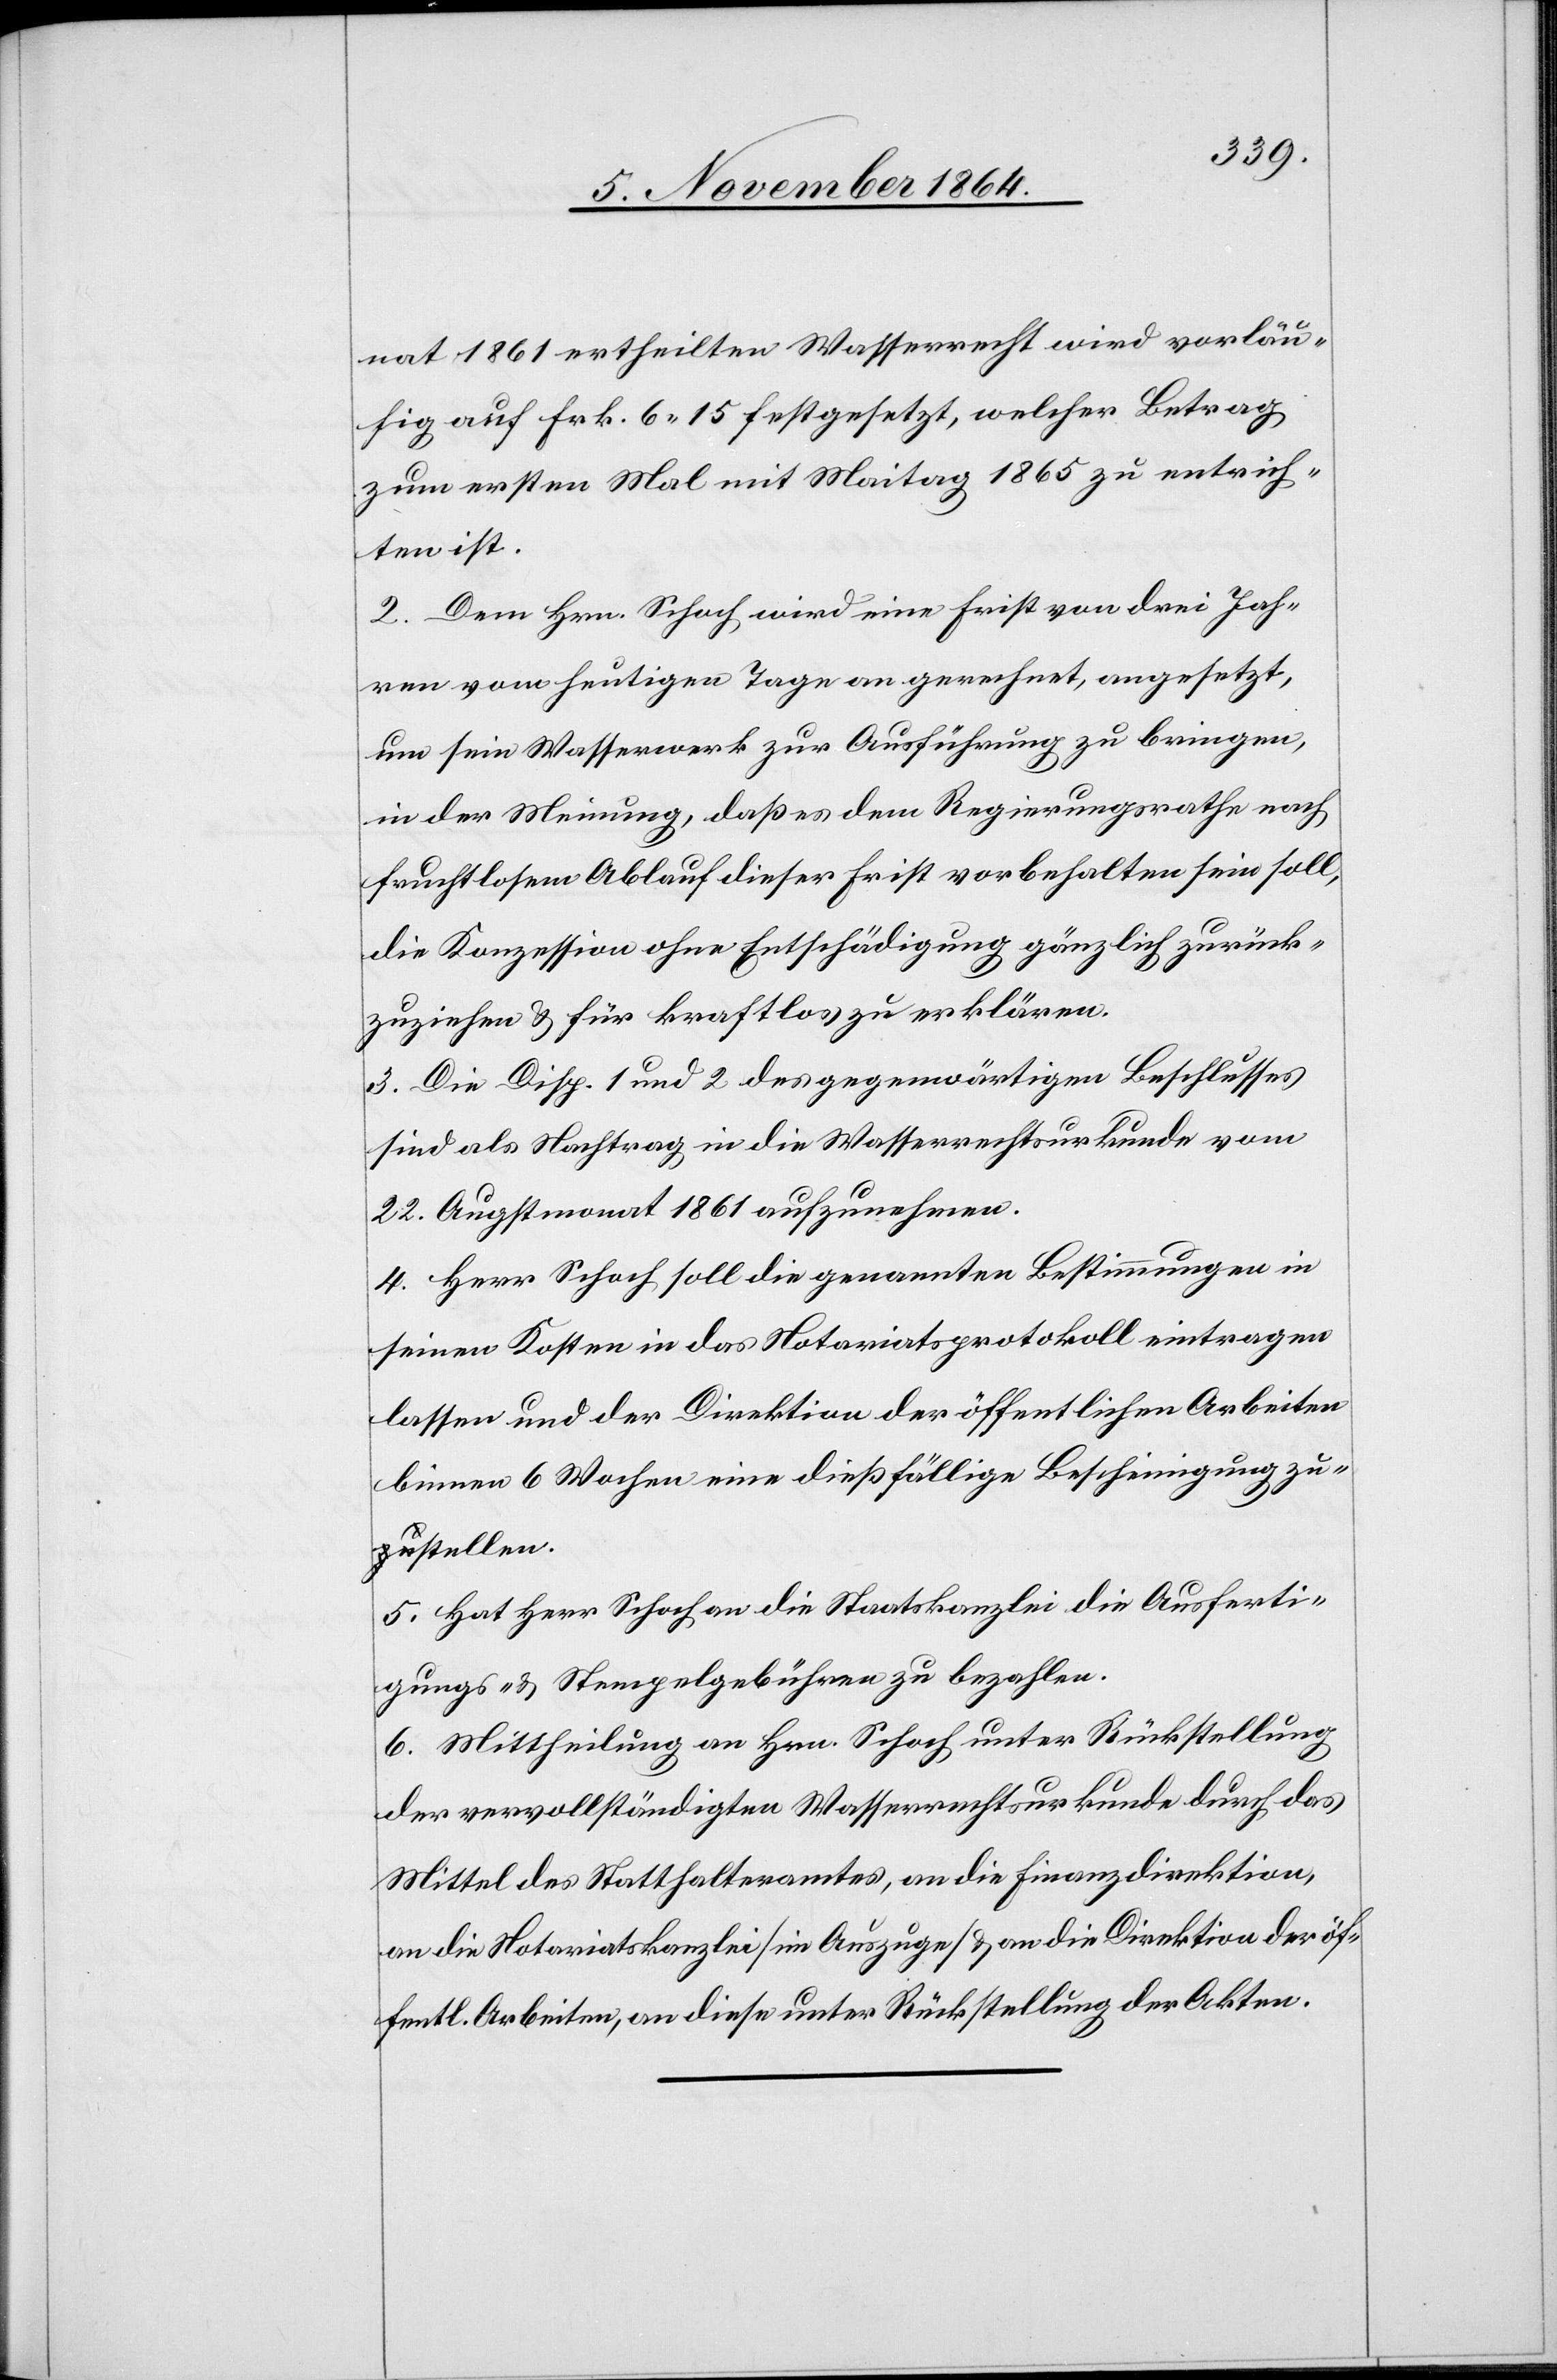
nat 1861 ertheilte Wasserrecht wird vorläu¬
fig auf Frk. 6.15 festgesetzt, welcher Betrag
zum ersten Mal mit Maitag 1865 zu entrich¬
ten ist.
2. Dem Hrn. Schoch wird eine Frist von drei Jah¬
ren vom heutigen Tage an gerechnet, angesetzt,
um sein Wasserwerk zur Ausführung zu bringen,
in der Meinung, daß es dem Regierungsrathe nach
fruchtlosem Ablauf dieser Frist vorbehalten sein soll,
die Konzession ohne Entschädigung gänzlich zurück¬
zuziehen & für kraftlos zu erklären.
3. Die Disp. 1 und 2 des gegenwärtigen Beschlusses
sind als Nachtrag in die Wasserrechtsurkunde vom
22. Augstmonat 1861 aufzunehmen.
4. Herr Schoch soll die genannten Bestimmungen in
seinen Kosten in das Notariatsprotokoll eintragen
lassen und der Direktion der öffentlichen Arbeiten
binnen 6 Wochen eine dießfällige Bescheinigung zu¬
a-zu-astellen.
5. Hat Herr Schoch an die Staatskanzlei die Ausferti¬
gungs- & Stempelgebühren zu bezahlen.
6. Mittheilung an Hrn. Schoch unter Rückstellung
der vervollständigten Wasserrechtsurkunde durch das
Mittel des Statthalteramtes, an die Finanzdirektion,
an die Notariatskanzlei [im Auszuge] & an die Direktion der öf¬
fentl. Arbeiten, an diese unter Rückstellung der Akten.